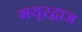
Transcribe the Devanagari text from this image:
मयूरद्वाज